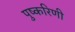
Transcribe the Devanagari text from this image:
पुष्‍करिणी